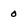
Character: 0